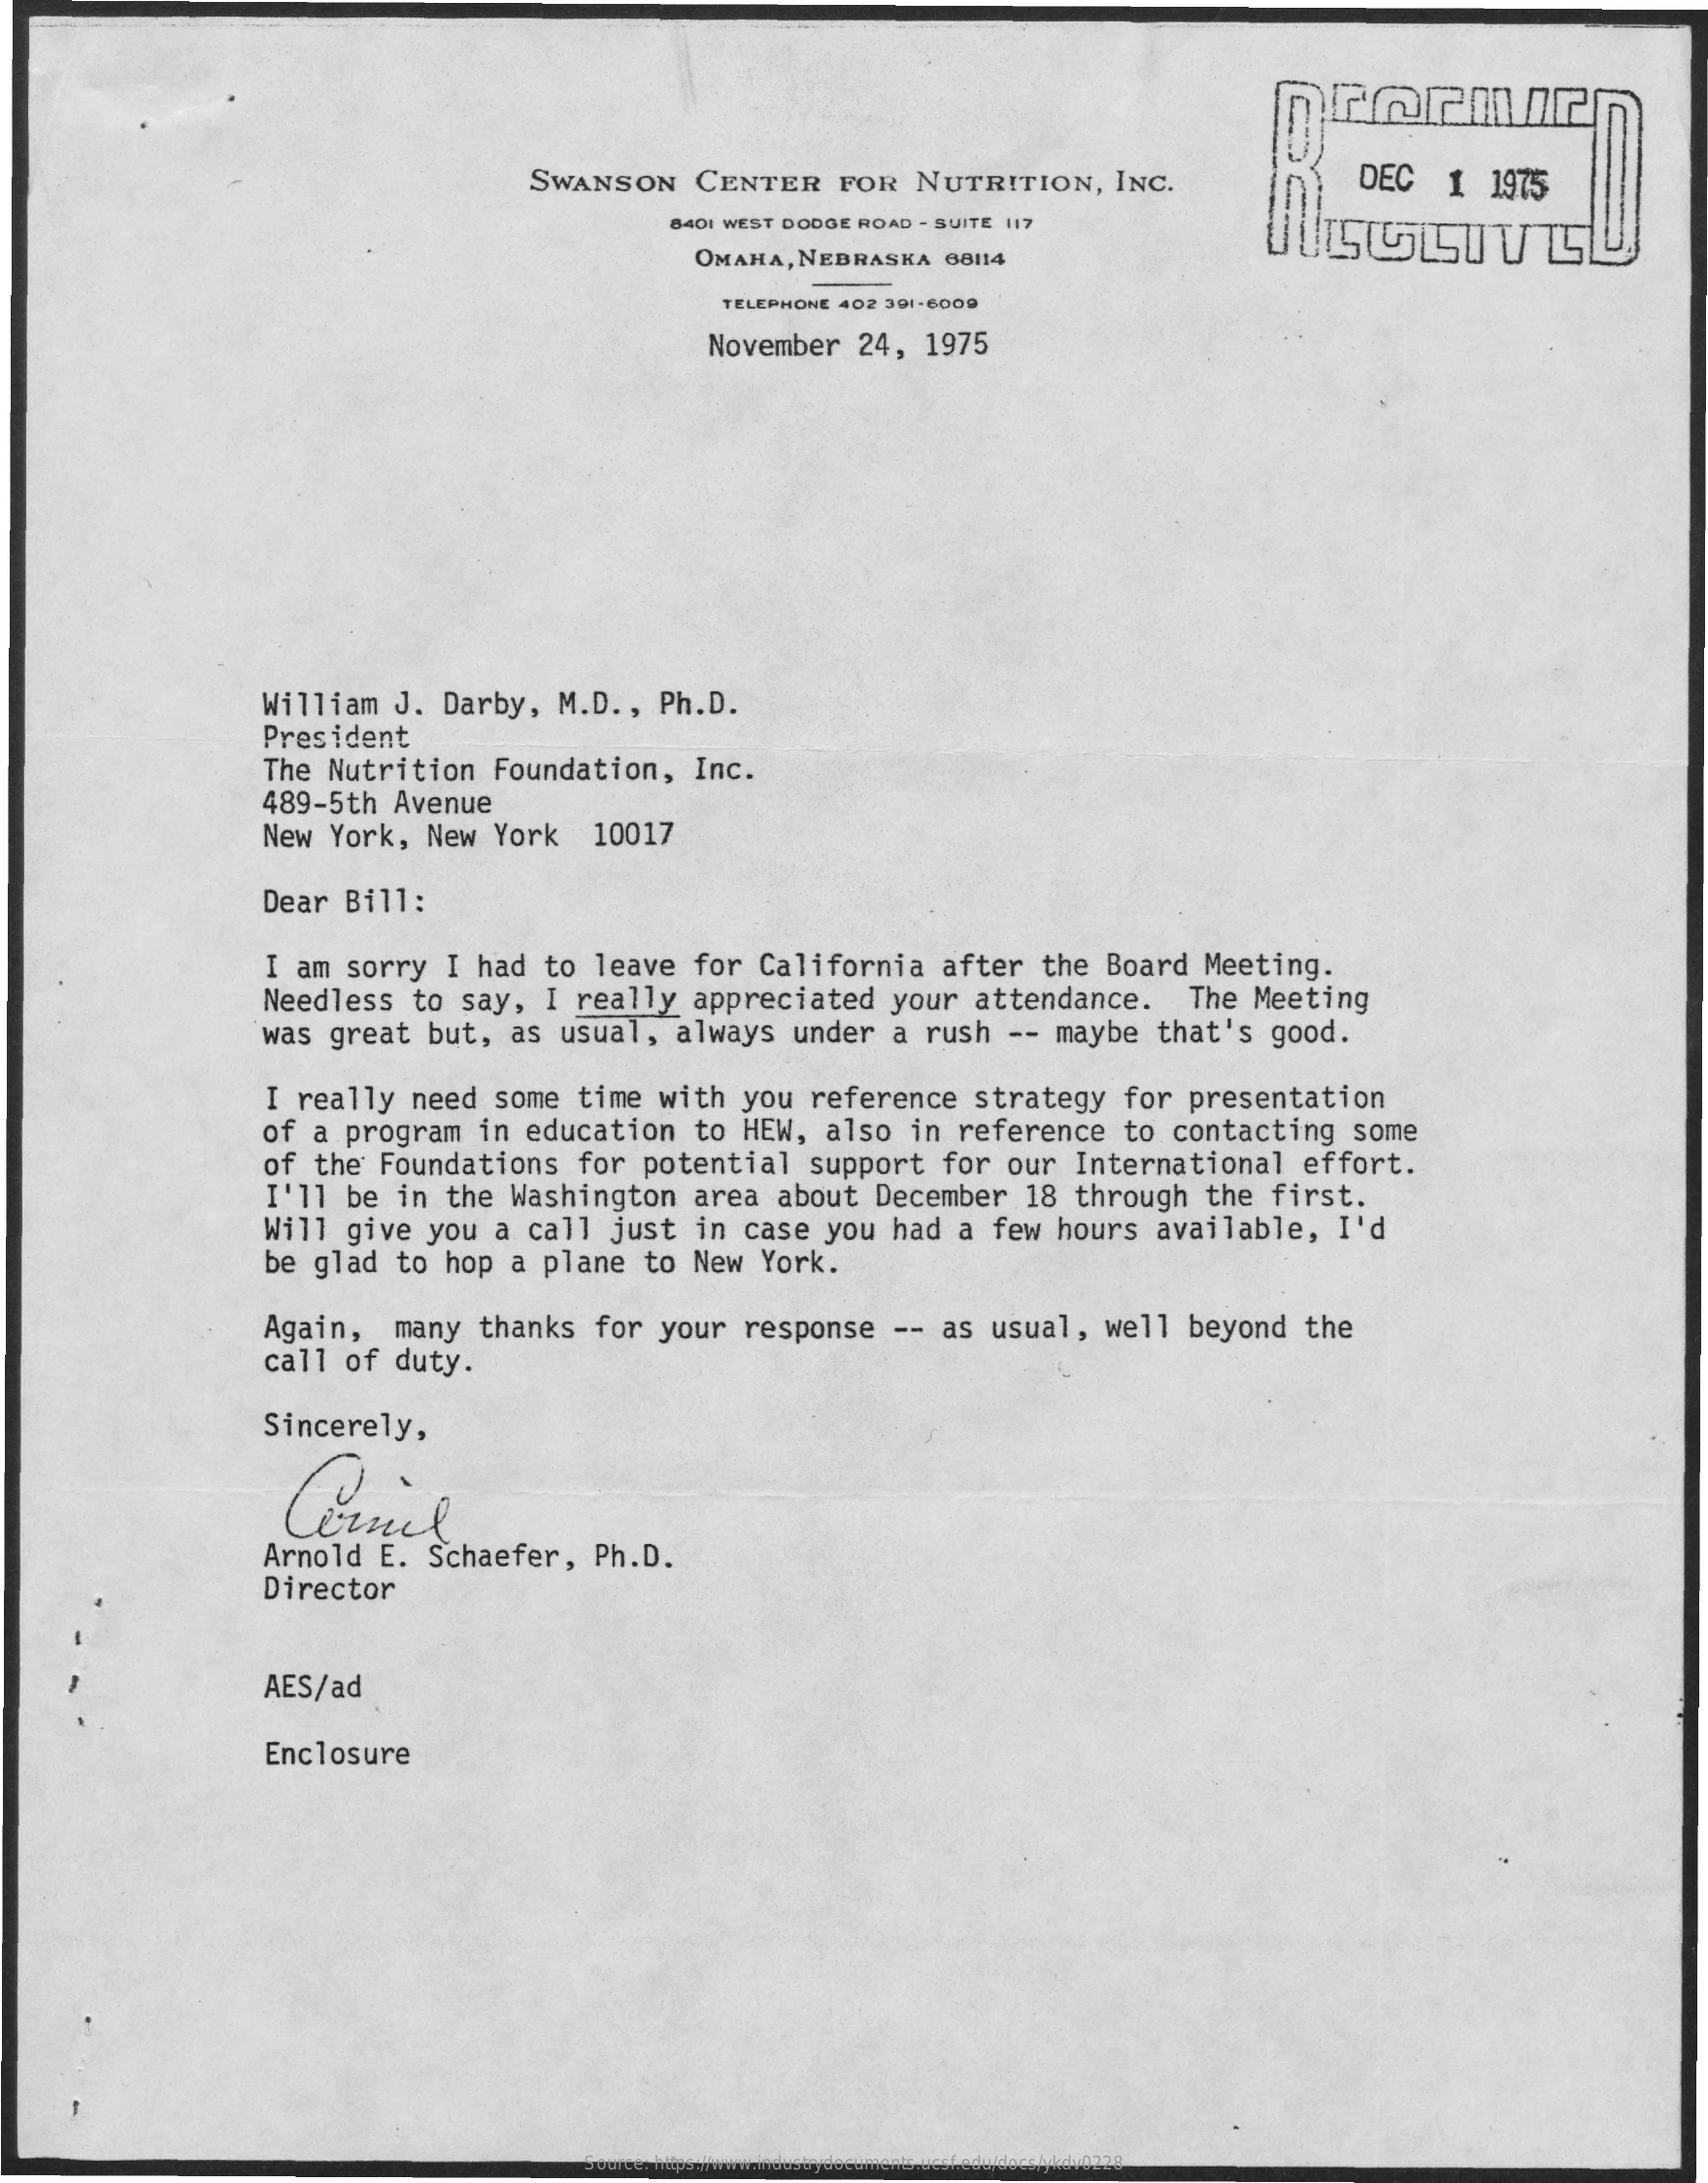
Dormir
     SWANSON  CENTER FOR NUTRITION, INC.    DEC 1  1975
     8401 WEST DODGE ROAD - SUITE 117
     OMAHA, NEBRASKA 68114
     TELEPHONE 402 391-6000
     November 24, 1975
     William J. Darby, M.D ., Ph.D.
     President
     The Nutrition Foundation, Inc.
     489-5th Avenue
     New York, New York 10017
     Dear Bill:
     I am sorry I had to leave for California after the Board Meeting.
     Needless to say, I really appreciated your attendance. The Meeting
     was great but, as usual, always under a rush -- maybe that's good.
     I really need some time with you reference strategy for presentation
     of a program in education to HEW, also in reference to contacting some
     of the Foundations for potential support for our International effort.
     I'll be in the Washington area about December 18 through the first.
     Will give you a call just in case you had a few hours available, I'd
     be glad to hop a plane to New York.
     Again, many thanks for your response -- as usual, well beyond the
     call of duty.
     Sincerely,
     Arnold E. Schaefer, Ph.D.
     Director
     AES/ad
     Enclosure
     Source: https://www.industrydocuments.ucsf.edu/docs/ykdv0228